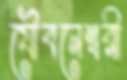
যৌবনেশ্বরী